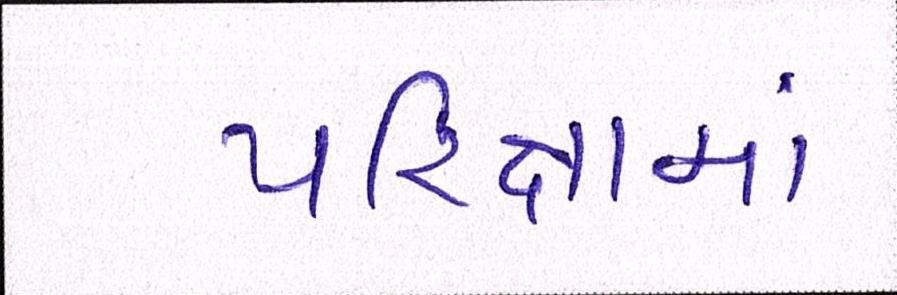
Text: પરિક્ષામાં